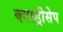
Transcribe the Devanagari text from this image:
क्वाड्रीसेप